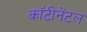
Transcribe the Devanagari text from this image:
कॉटीनेंटल